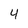
Character: 4